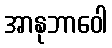
အာနုဘာဝေါ